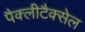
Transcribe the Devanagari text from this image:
पैक्लीटैक्सेल